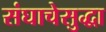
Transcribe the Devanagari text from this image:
संघाचेसुद्धा